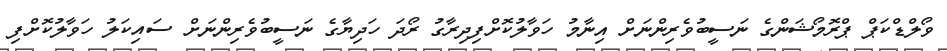
ވޯލްޑްކަޕް ޕްރޮމޯޝަންގެ ނަސީބުވެރިންނަށް އިނާމު ހަވާލުކޮށްފިދިރާގު ރޯދަ ހަދިޔާގެ ނަސީބުވެރިންނަށް ސައިކަލު ހަވާލުކޮށްފި